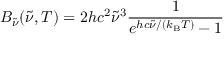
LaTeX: B _ { \tilde { \nu } } ( { \tilde { \nu } } , T ) = 2 h c ^ { 2 } { \tilde { \nu } } ^ { 3 } { \frac { 1 } { e ^ { h c { \tilde { \nu } } / ( k _ { \mathrm { B } } T ) } - 1 } }